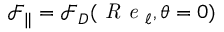
\mathcal { F } _ { \parallel } = \mathcal { F } _ { D } ( \textit { R e } _ { \ell } , \theta = 0 )